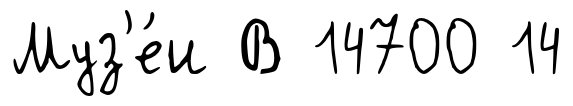
Муз'е́и В 14700 14